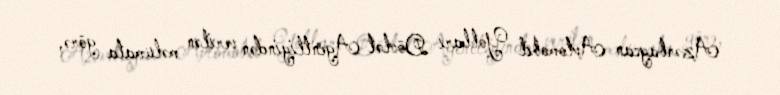
Azərbaycan Avtomobil Yolları Dövlət Agentliyindən verilən məlumata görə,